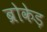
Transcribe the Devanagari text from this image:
ब्रोकेड़